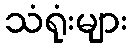
သံရုံးများ